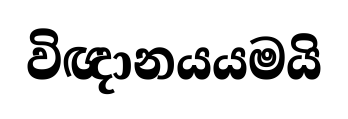
විඥානයයමයි